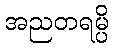
အညတရမ္ပိ